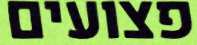
פצועים